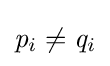
{\mathit {p}}_{i}\neq {\mathit {q}}_{i}